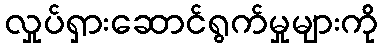
လှုပ်ရှားဆောင်ရွက်မှုများကို